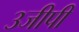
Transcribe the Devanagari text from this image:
३जीपी